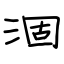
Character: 涸